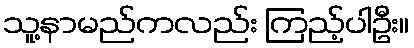
သူ့နာမည်ကလည်း ကြည့်ပါဦး။